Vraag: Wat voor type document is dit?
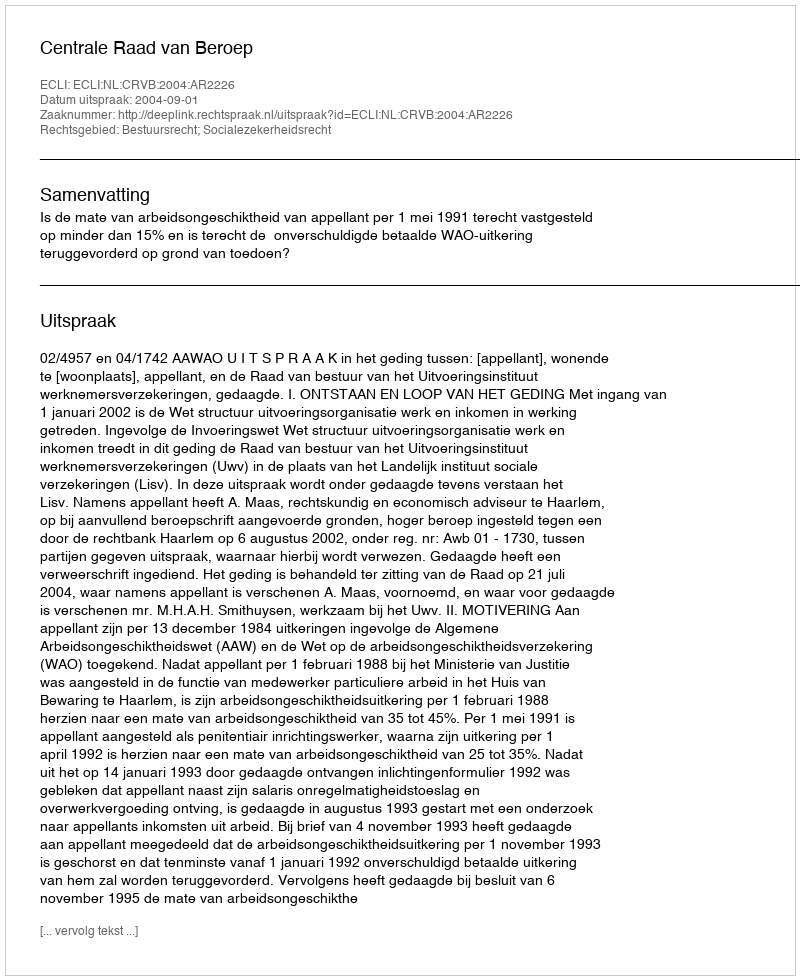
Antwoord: Uitspraak